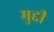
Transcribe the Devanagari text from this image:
मुद्दी